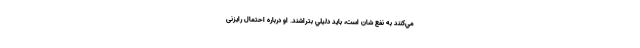
مي‌كنند به نفع شان است، بايد دليلي بتراشند. او درباره احتمال رایزنی